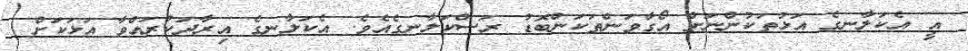
އީ އެކަލާނގެ އަޅުތަކުންނަށް އޯގާވަންތަކަންބޮޑު ރަސްކަލާނގެއެވެ. އެކަލާނގެ އިރާދަކުރައްވާ އަޅަކަށް